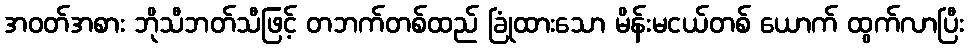
အဝတ်အစား ဘိုသီဘတ်သီဖြင့် တဘက်တစ်ထည် ခြုံထားသော မိန်းမငယ်တစ် ယောက် ထွက်လာပြီး